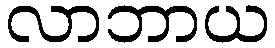
လာဘာယ